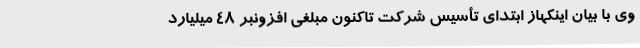
وی با بیان اینکهاز ابتدای تأسیس شرکت تاکنون مبلغی افزونبر 48 میلیارد